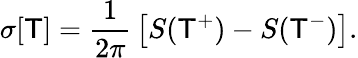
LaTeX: \sigma[\mathsf{T}]={\frac{{1}}{{2\pi}}}\left[S(\mathsf{T}^{+})-S(\mathsf{T}^{-})\right].